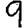
Digit: 9